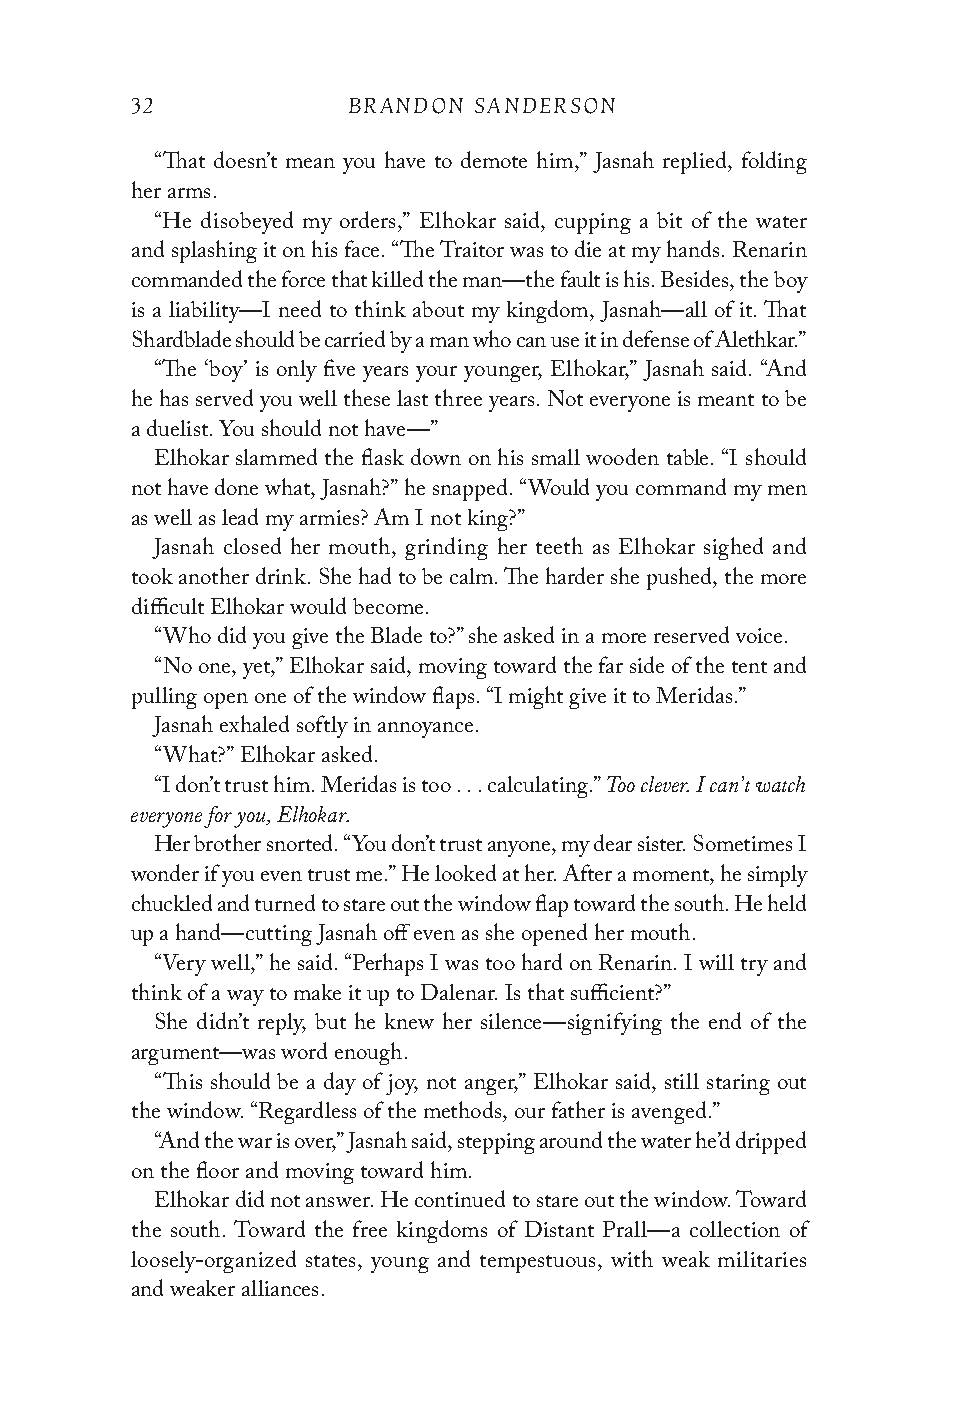
32            BRANDON SANDERSON
 “That doesn’t mean you have to demote him,” Jasnah replied, folding
 her arms.
 “He disobeyed my orders,” Elhokar said, cupping a bit of the water
 and splashing it on his face. “The Traitor was to die at my hands. Renarin
 commanded the force that killed the man—the fault is his. Besides, the boy
 is a liability—I need to think about my kingdom, Jasnah—all of it. That
 Shardblade should be carried by a man who can use it in defense of Alethkar.”
 “The ‘boy’ is only five years your younger, Elhokar,” Jasnah said. “And
 he has served you well these last three years. Not everyone is meant to be
 a duelist. You should not have—”
 Elhokar slammed the flask down on his small wooden table. “I should
 not have done what, Jasnah?” he snapped. “Would you command my men
 as well as lead my armies? Am I not king?”
 Jasnah closed her mouth, grinding her teeth as Elhokar sighed and
 took another drink. She had to be calm. The harder she pushed, the more
 difficult Elhokar would become.
 “Who did you give the Blade to?” she asked in a more reserved voice.
 “No one, yet,” Elhokar said, moving toward the far side of the tent and
 pulling open one of the window flaps. “I might give it to Meridas.”
 Jasnah exhaled softly in annoyance.
 “What?” Elhokar asked.
 Too clever. I can’t watch
 “I don’t trust him. Meridas is too . . . calculating.”
 everyone for you, Elhokar.
 Her brother snorted. “You don’t trust anyone, my dear sister. Sometimes I
 wonder if you even trust me.” He looked at her. After a moment, he simply
 chuckled and turned to stare out the window flap toward the south. He held
 up a hand—cutting Jasnah off even as she opened her mouth.
 “Very well,” he said. “Perhaps I was too hard on Renarin. I will try and
 think of a way to make it up to Dalenar. Is that sufficient?”
 She didn’t reply, but he knew her silence—signifying the end of the
 argument—was word enough.
 “This should be a day of joy, not anger,” Elhokar said, still staring out
 the window. “Regardless of the methods, our father is avenged.”
 “And the war is over,” Jasnah said, stepping around the water he’d dripped
 on the floor and moving toward him.
 Elhokar did not answer. He continued to stare out the window. Toward
 the south. Toward the free kingdoms of Distant Prall—a collection of
 loosely-organized states, young and tempestuous, with weak militaries
 and weaker alliances.